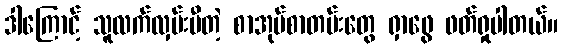
ဒါကြောင့် သူလက်လှမ်းမီတဲ့ စာအုပ်စာတမ်းတွေ ရှာဖွေ ဖတ်ရှုပါတယ်။